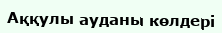
Аққулы ауданы көлдері